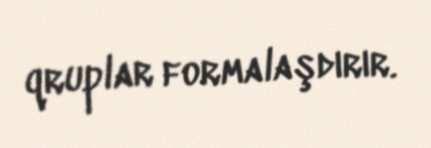
qruplar formalaşdırır.